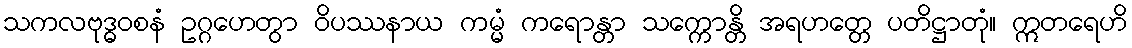
သကလဗုဒ္ဓဝစနံ ဥဂ္ဂဟေတွာ ဝိပဿနာယ ကမ္မံ ကရောန္တာ သက္ကောန္တိ အရဟတ္တေ ပတိဋ္ဌာတုံ။ ဣတရေဟိ